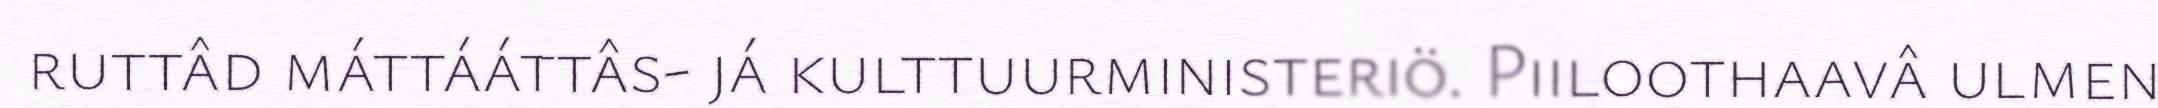
ruttâd máttááttâs- já kulttuurministeriö. Piiloothaavâ ulmen